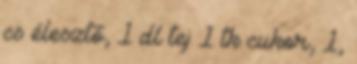
cs élesztő, 1 dl tej 1 tk cukor, 1,